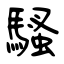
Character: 騷